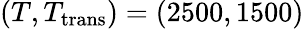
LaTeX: (T,T_{\mathrm{trans}})=(2500,1500)